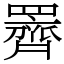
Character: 䍤